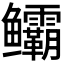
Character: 𬶻